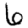
Digit: 6